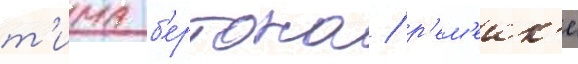
т'има б'ертона / р'ем'еик'е